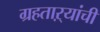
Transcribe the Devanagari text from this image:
ग्रहताऱ्यांची